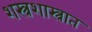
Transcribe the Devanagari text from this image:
शस्त्रशास्त्रात